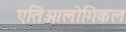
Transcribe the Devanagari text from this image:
एतिओलोगिकल